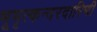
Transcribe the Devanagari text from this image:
भूभृत्कन्दरदारिणी